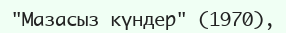
"Мазасыз күндер" (1970),